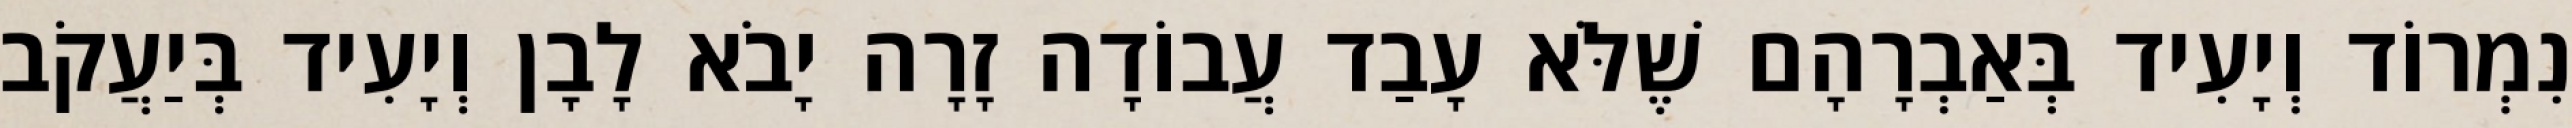
נִמְרוֹד וְיָעִיד בְּאַבְרָהָם שֶׁלֹּא עָבַד עֲבוֹדָה זָרָה יָבֹא לָבָן וְיָעִיד בְּיַעֲקֹב